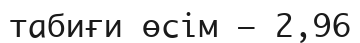
табиғи өсім – 2,96